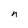
Character: n